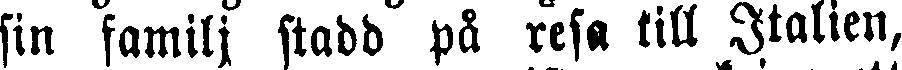
sin familj stadd på resa till Italien,